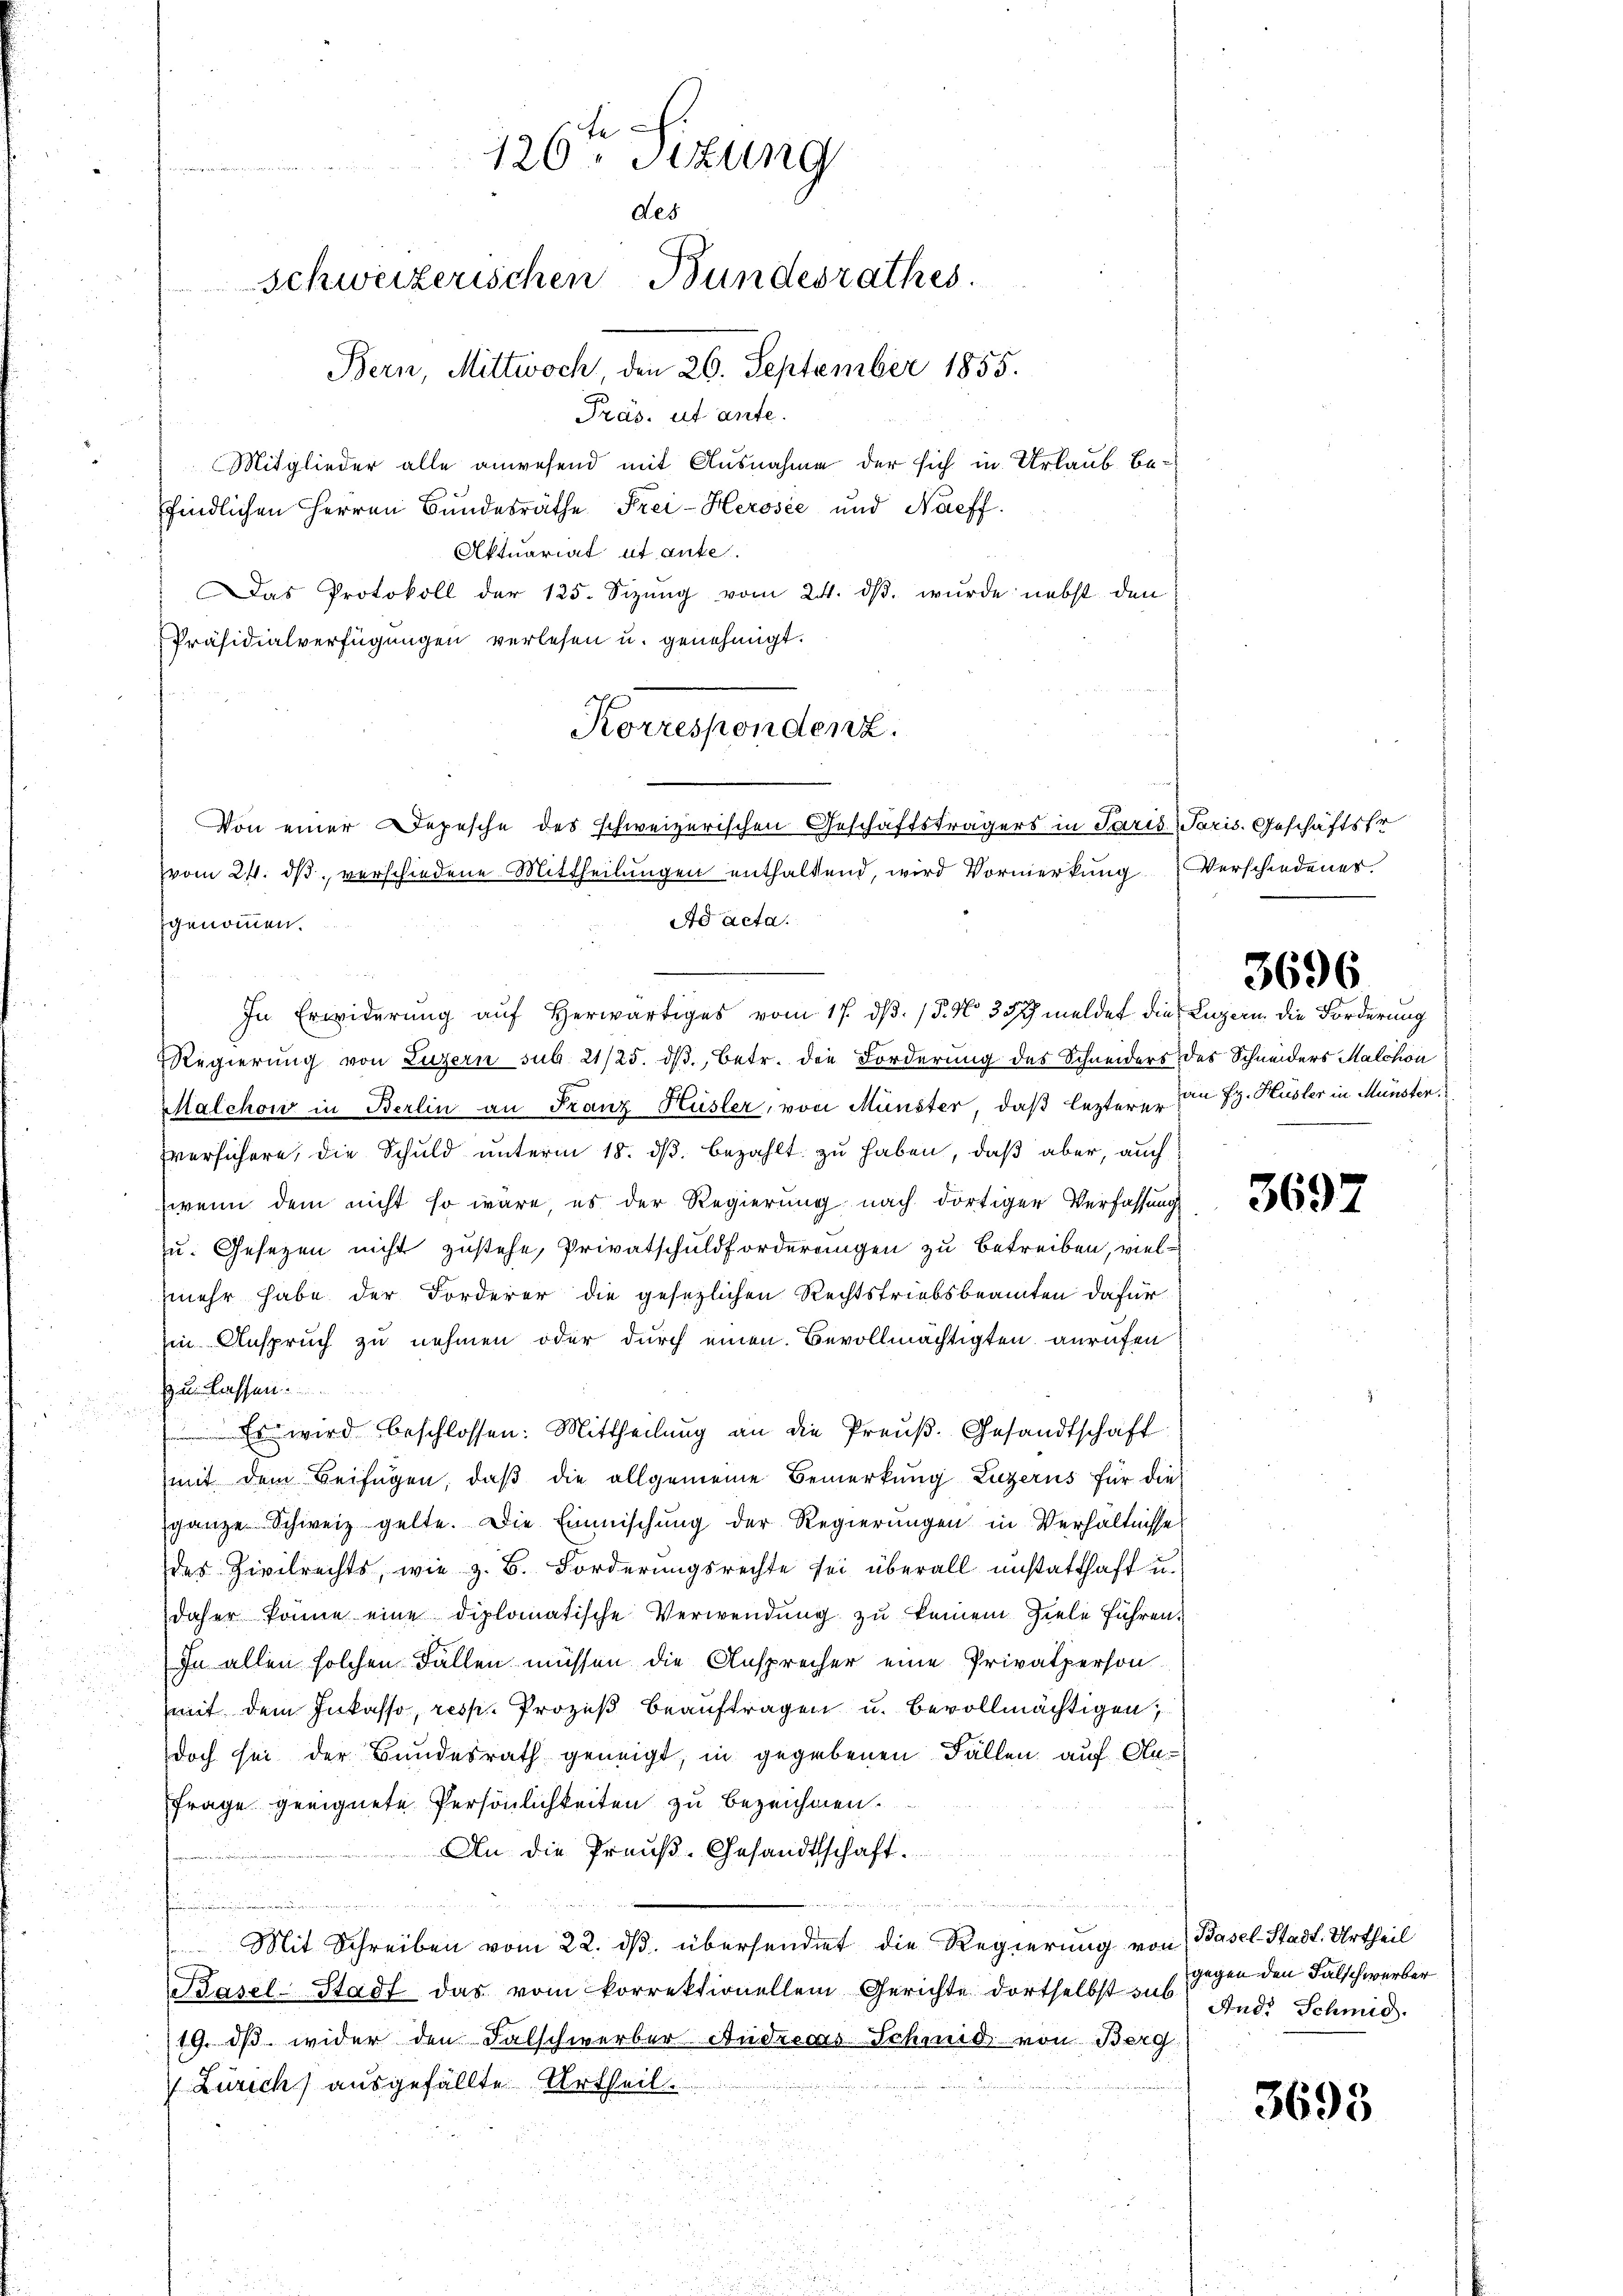
Mitglieder alle anwesend mit Ausnahme der sich in Urlaub bepfindlichen Herren Bundesräthe Frei-Herosée und Naeff.
Aktuariat et ante.
as Protokoll der 125. Sizŭng vom 24. dβ. wŭrde nebst den
Präsidialverfügungen verlesen u. genehmigt.
Korrespondenz.

126ten Sizung
gen
des
Schweizerischen Bundesrathes.
Bern, Mittwoch den 26. September 1855.
Präs. ut ante.

Von einer Depesche des schweizerischen Geschäftsträgers in Paris. Paris. Geschäftsfr
vom 24. dβ verschiedene Mittheilungen enthaltend, wird Vormerkung

Ad acta.
genommen.
In Erwiderung aŭf herwärtiges vom 17. dβ. / 5. No 30 x meldet die Luzern die Forderung
Regierung von Luzern sub. 21/25. dβ, betr. die Forderung des Schneiders des Schneiders Malchon
Malchon in Berlin an Franz Hüsler, von Münster, daß lezterer von H. Hüsler in Münsten.
versichere, die Schuld unterm 18. ds. bezahlt zu haben, daß aber, auch
wenn dem nicht so wäre, es der Regierung nach dortiger Verfassung
u. Gesetzen nicht zustehe, Privatschuldforderungen zu betreiben, vielmehr habe der Forderer die gesetzlichen Rechtstriebsbeamten dafür
in Anspruch zu nehmen oder durch einen Bevollmächtigten anrufen
zu lassen.
 Es wird beschlossen: Mittheilung an die Preuß. Gesandtschaft
mit dem Beifügen, daß die allgemeine Bemerkung Luzerns für die
ganze Schweiz gelte. Die Einmischung der Regierungen in Verhältnisse
des Zivilrechts, wie z. B. Forderungsrechte sei überall unstatthaft u.
daher könne eine diplomatische Verwendŭng zu keinem Ziele führen.
In allen solchen Fallen müssen die Ansprecher eine Privatperson
mit dem Inkasso, resp. Prozeß beauftragen u. bevollmächtigen,
doch sei der Bundesrath geneigt, in gegebenen Fällen auf Au-
Frage geeignete Persönlichkeiten zu bezeichnen.
An die Preuß. Gesandtschaft.
e
Mit Schreiben vom 22. ds. übersendet die Regierung von Basel-Stadt. Urtheil
Pasel-Stadt das vom korrektionellem Gerichte dortselbst sub
19. dβ wider den Falschwerber Andrecas Schmid von Berg
Zürich) ausgefällte Urtheil.

Verschiedenes.

3696

3692

gegen den Falschwerber
And. Schmid.

3695